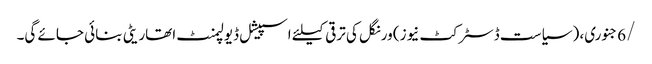
/6جنوری، ( سیاست ڈسٹرکٹ نیوز) ورنگل کی ترقی کیلئے اسپیشل ڈیولپمنٹ اتھاریٹی بنائی جائے گی۔